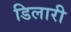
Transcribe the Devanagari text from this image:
डिलारी